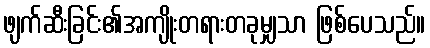
ဖျက်ဆီးခြင်း၏အကျိုးတရားတခုမျှသာ ဖြစ်ပေသည်။